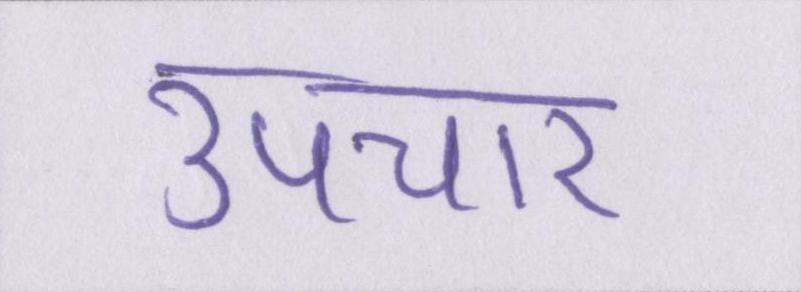
उपचार